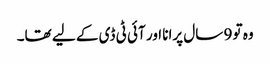
وہ تو 9 سال پرانا اور آئی ٹی ڈی کے لیے تھا۔